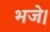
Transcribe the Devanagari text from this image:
भजे।